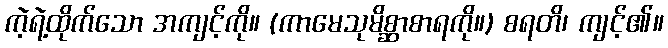
ကဲ့ရဲ့ထိုက်သော အကျင့်ကို။ (ကာမေသုမိစ္ဆာစာရကို။) စရတိ၊ ကျင့်၏။